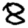
Digit: 8